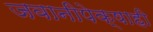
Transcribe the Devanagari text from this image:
जवानीपेक्षाही